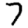
Digit: 7